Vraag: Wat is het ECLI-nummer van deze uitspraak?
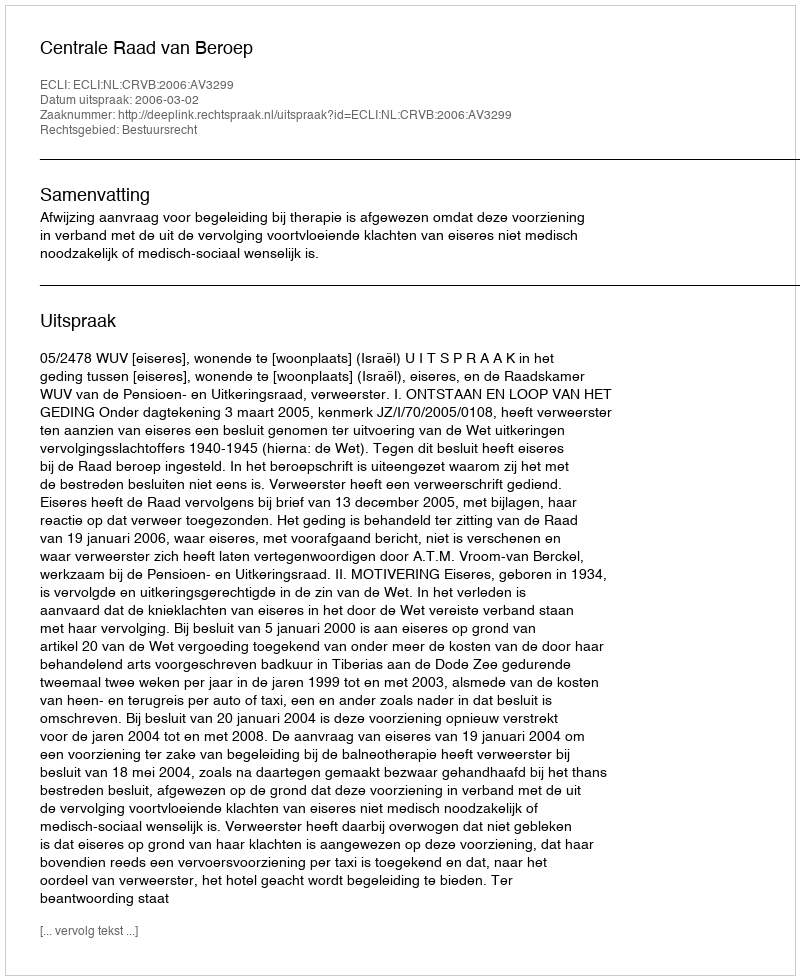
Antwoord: ECLI:NL:CRVB:2006:AV3299